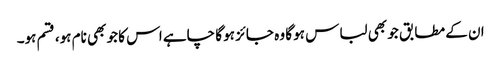
ان کے مطابق جو بھی لباس ہو گا وہ جائز ہو گا چاہے اس کا جو بھی نام ہو، قسم ہو۔